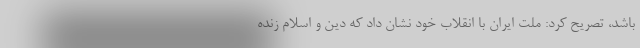
باشد، تصریح کرد: ملت ایران با انقلاب خود نشان داد که دین و اسلام زنده